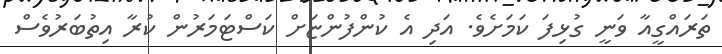
ތަރައްގީއާ ވަނީ ގުޅިފަ ކަމަށެވެ. އަދި އެ ކުންފުންޏަށް ކަސްޓަމަރުން ކުރާ އިތުބަރުވެސް